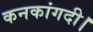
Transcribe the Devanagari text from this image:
कनकांगदी।